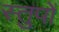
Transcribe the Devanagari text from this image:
स्तुपों